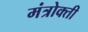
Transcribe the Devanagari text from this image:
मंत्रोक्ती